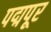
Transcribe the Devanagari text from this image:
पद्मपूर